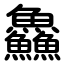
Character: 鱻